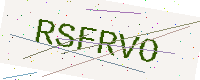
Text: RSFRVO